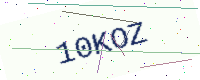
Text: 10KOZ